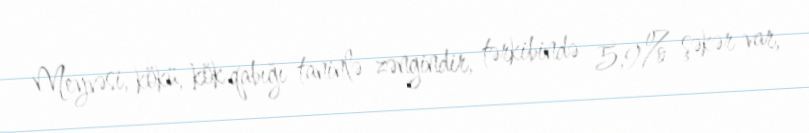
Meyvəsi, kökü, kök qabığı taninlə zəngindir, tərkibində 5,9% şəkər var,